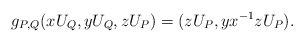
\begin{align*} g_{P,Q}(xU_Q, yU_Q, zU_P) = (zU_P, yx^{-1}zU_P). \end{align*}